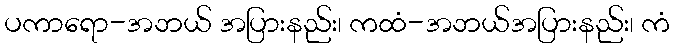
ပကာရော-အဘယ် အပြားနည်း၊ ကထံ-အဘယ်အပြားနည်း၊ ကံ